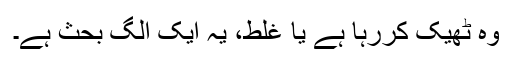
وہ ٹھیک کررہا ہے یا غلط، یہ ایک الگ بحث ہے۔